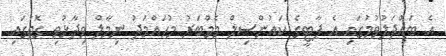
އެ ބައްދަލުވުމުގައި އެ ޕާޓީގެ ކައުންސިލް މެމްބަރު މުހައްމަދު ނިމާލް ވިދާޅުވި ގޮތުގައި